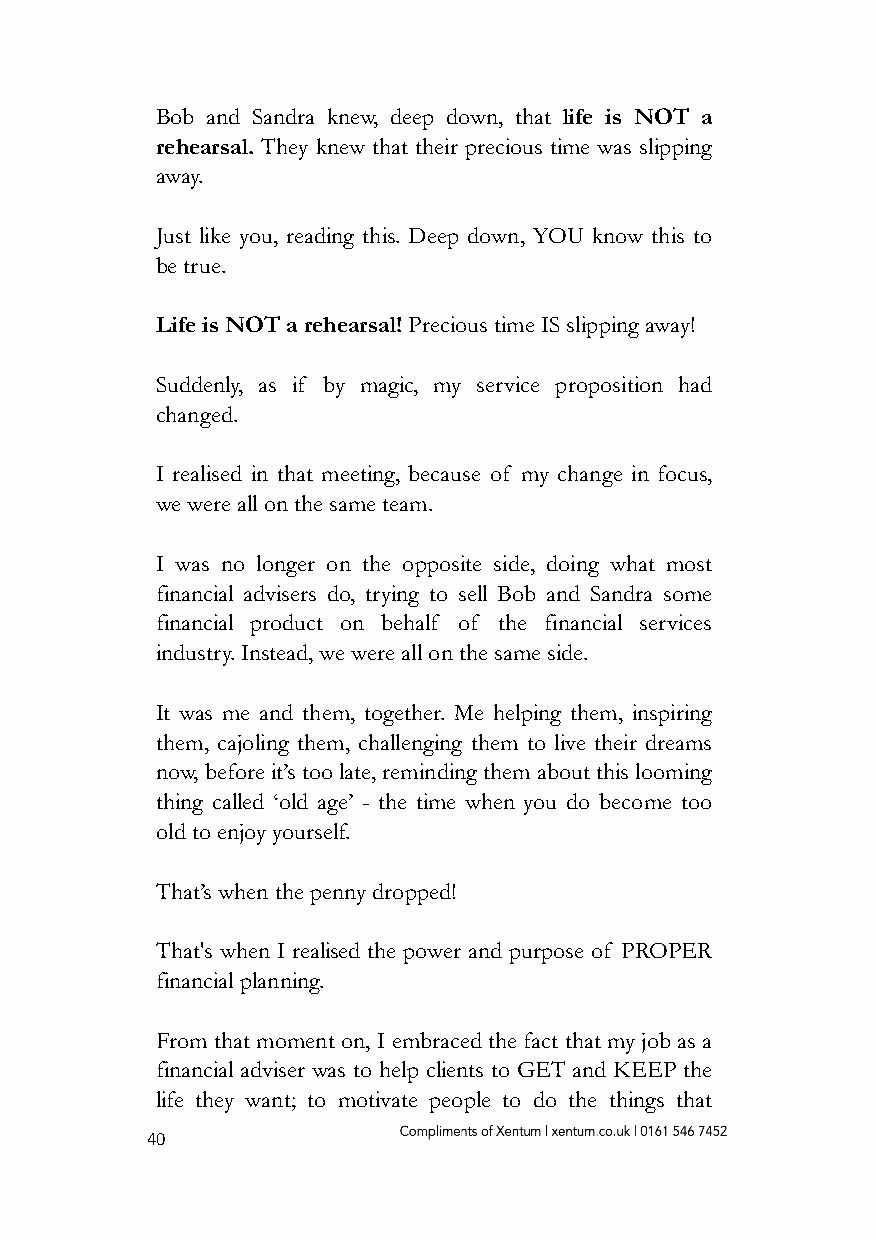
Bob and Sandra knew, deep down, that life is NOT a
 rehearsal. They knew that their precious time was slipping
 away.
 Just like you, reading this. Deep down, YOU know this to
 be true.
 Life is NOT a rehearsal! Precious time IS slipping away!
 Suddenly, as if by magic, my service proposition had
 changed.
 I realised in that meeting, because of my change in focus,
 we were all on the same team.
 I was no longer on the opposite side, doing what most
 financial advisers do, trying to sell Bob and Sandra some
 financial product on behalf of the financial services
 industry. Instead, we were all on the same side.
 It was me and them, together. Me helping them, inspiring
 them, cajoling them, challenging them to live their dreams
 now, before it’s too late, reminding them about this looming
 thing called ‘old age’ - the time when you do become too
 old to enjoy yourself.
 That’s when the penny dropped!
 That's when I realised the power and purpose of PROPER
 financial planning.
 From that moment on, I embraced the fact that my job as a
 financial adviser was to help clients to GET and KEEP the
 life they want; to motivate people to do the things that
 40